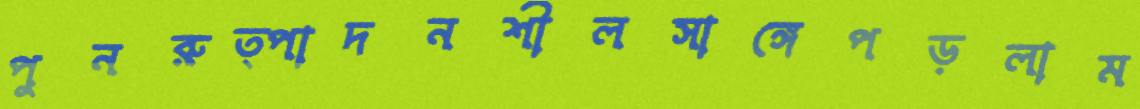
পুনরুত্পাদনশীলসাঙ্গেপড়লাম